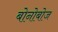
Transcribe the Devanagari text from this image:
बोनोबोज